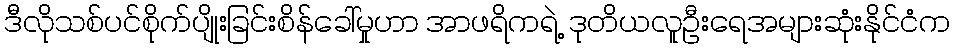
ဒီလိုသစ်ပင်စိုက်ပျိုးခြင်းစိန်ခေါ်မှုဟာ အာဖရိကရဲ့ ဒုတိယလူဦးရေအများဆုံးနိုင်ငံက